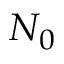
N _ { 0 }